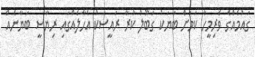
ގައުމެއްގެ ވެރިމީހާ ކަމަށް ބަޔަކު ގަބޫލު ކުރާ ރައީސަކު އެހާލެއްގައި ރިޔާސީ ބަޔާނެއް